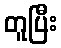
တူပြီး